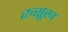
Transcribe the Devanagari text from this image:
रुसूख